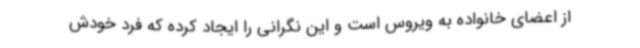
از اعضای خانواده به ویروس است و این نگرانی را ایجاد کرده که فرد خودش